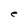
Character: e